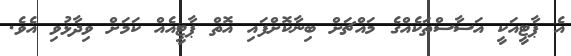
އެ ޕާޓީއަކީ އަސާސްތަކެއްގެ މައްޗަށް ބިނާކޮށްފައި އޮތް ޕާޓީއެއް ކަމަށް ވިދާޅުވި އެވެ.